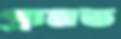
গ্রামত